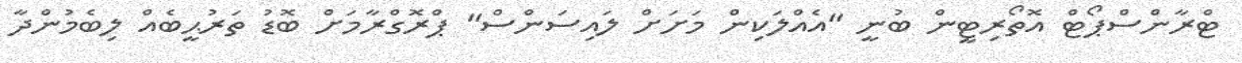
ޓްރާންސްޕޯޓް އޮތޯރިޓީން ބުނީ "އެއްލަކިން މަށަށް ލައިސަންސް" ޕްރޮގްރާމަށް ބޮޑު ތަރުޙީބެއް ލިބެމުންދާ